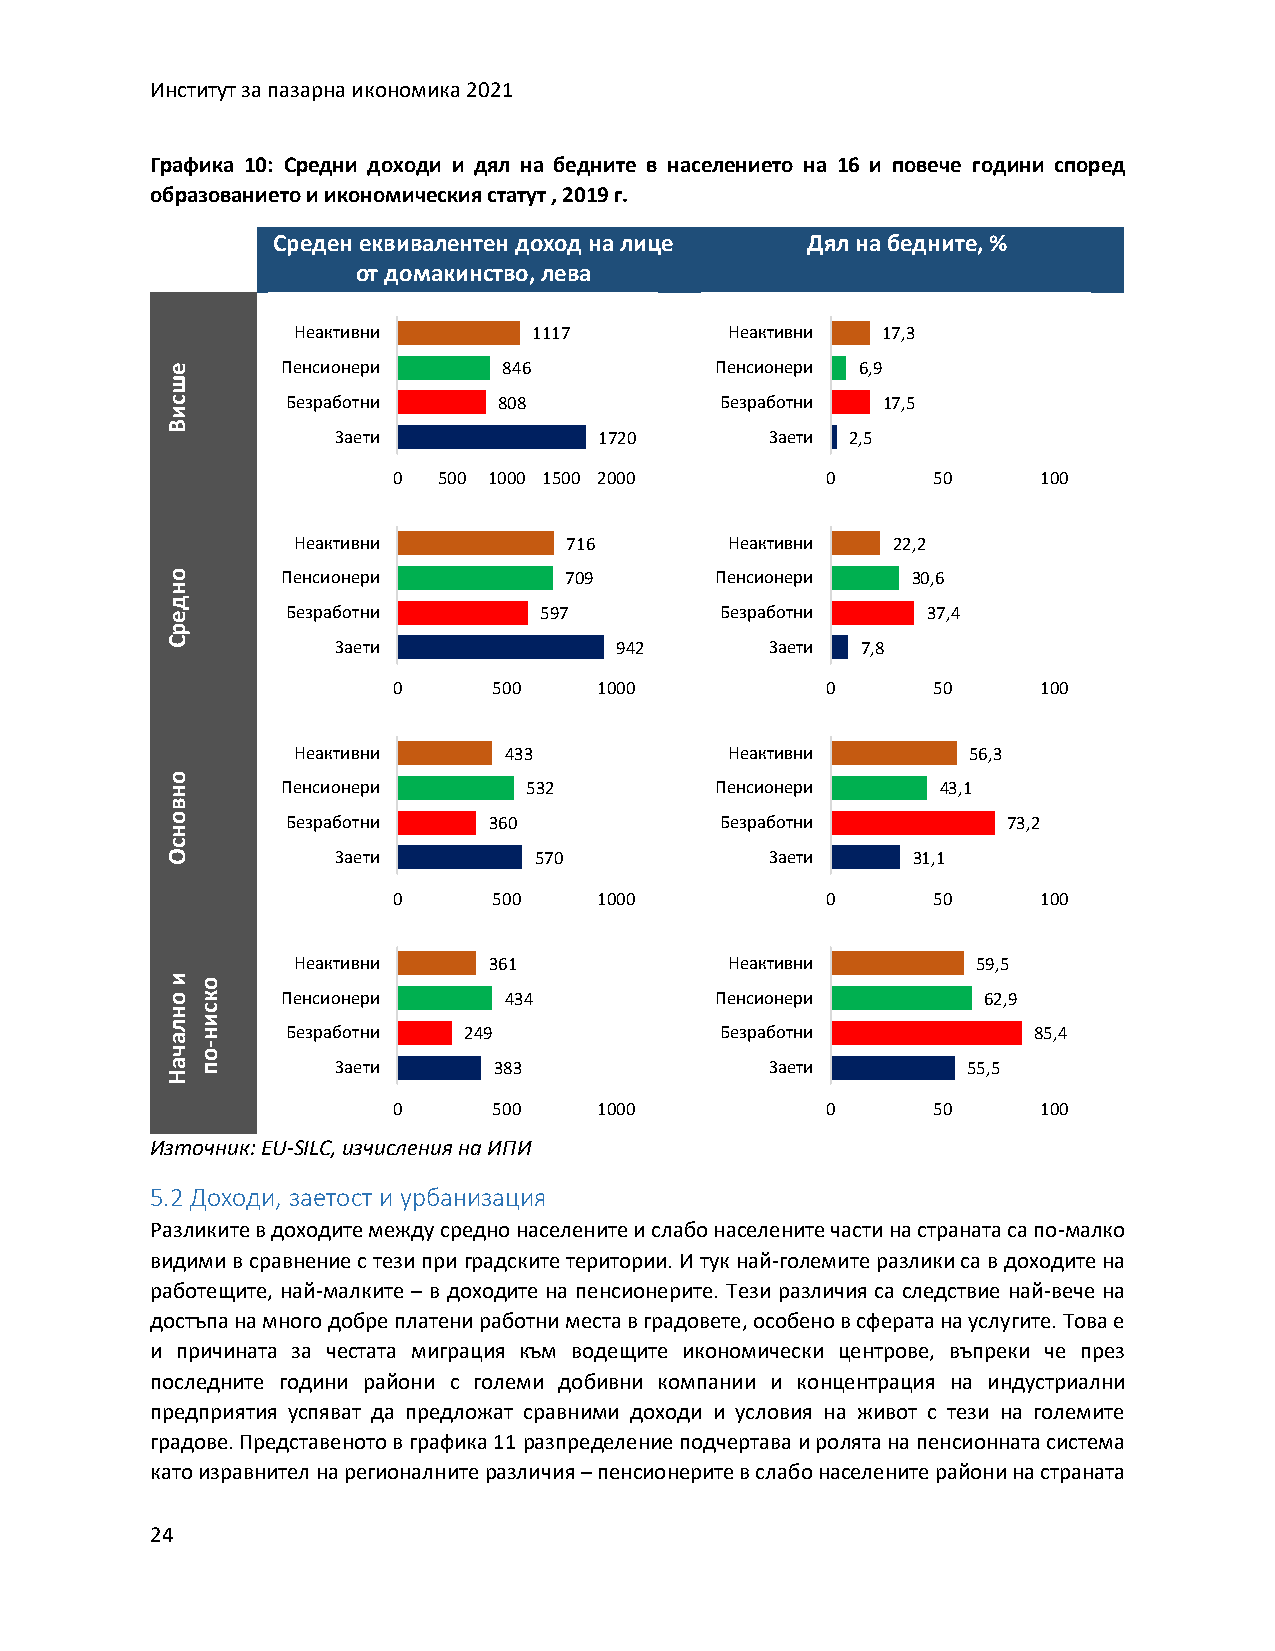
Институт за пазарна икономика 2021
 Графика 10: Средни доходи и дял на бедните в населението на 16 и повече години според
 образованието и икономическия статут , 2019 г.
 Среден еквивалентен доход на лице  Дял на бедните, %
 от домакинство, лева
 Неактивни       1117         Неактивни 17,3
 е       Пенсионери    846           Пенсионери 6,9
 ш
 с       Безработни    808            Безработни 17,5
 и
 В
 Заети             1720       Заети 2,5
 0  500 1000 1500 2000        0      50     100
 Неактивни          716       Неактивни  22,2
 о       Пенсионери        709       Пенсионери   30,6
 н
 д
 е       Безработни       597         Безработни   37,4
 р
 С          Заети              942       Заети 7,8
 0      500    1000           0      50     100
 Неактивни     433            Неактивни       56,3
 о
 н       Пенсионери      532         Пенсионери     43,1
 в
 о       Безработни   360             Безработни         73,2
 н
 с
 О          Заети        570             Заети    31,1
 0      500    1000           0      50     100
 Неактивни    361             Неактивни        59,5
 и о
 ок      Пенсионери    434           Пенсионери        62,9
 нс
 и
 ал н    Безработни  249              Безработни          85,4
 ч-
 о
 ап         Заети      383               Заети        55,5
 Н
 0      500    1000           0      50     100
 Източник: EU-SILC, изчисления на ИПИ
 5.2 Доходи, заетост и урбанизация
 Разликите в доходите между средно населените и слабо населените части на страната са по-малко
 видими в сравнение с тези при градските територии. И тук най-големите разлики са в доходите на
 работещите, най-малките – в доходите на пенсионерите. Тези различия са следствие най-вече на
 достъпа на много добре платени работни места в градовете, особено в сферата на услугите. Това е
 и причината за честата миграция към водещите икономически центрове, въпреки че през
 последните години райони с големи добивни компании и концентрация на индустриални
 предприятия успяват да предложат сравними доходи и условия на живот с тези на големите
 градове. Представеното в графика 11 разпределение подчертава и ролята на пенсионната система
 като изравнител на регионалните различия – пенсионерите в слабо населените райони на страната
 24